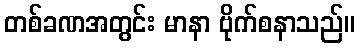
တစ်ခဏအတွင်း မာနာ ဗိုက်စနာသည်။